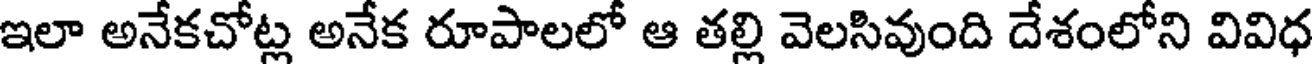
ఇలా అనేకచోట్ల అనేక రూపాలలో ఆ తల్లి వెలసివుంది దేశంలోని వివిధ